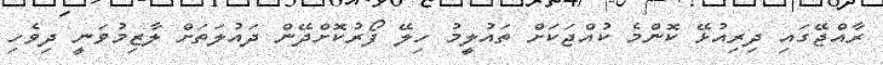
ރާއްޖޭގައި ދިރިއުޅޭ ކޮންމެ ކުއްޖަކަށް ތައުލީމު ހިލޭ ފޯރުކޮށްދޭން ދައުލަތަށް ލާޒިމުވަނީ ދިވެހި